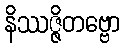
နိဿဇ္ဇိတဗ္ဗော